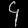
Digit: ၄